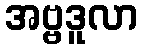
အဗ္ဗဒူလာ